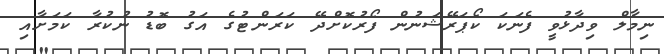
ނިމާލް ވިދާޅުވީ ފެނަކަ ކޯޕަރޭޝަނުން ފޯރުކޮށްދޭ ކަރަންޓުގެ އަގު ބޮޑު ނުކުރާ ކަމަށާއި